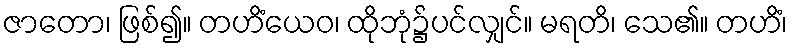
ဇာတော၊ ဖြစ်၍။ တဟိံယေဝ၊ ထိုဘုံ၌ပင်လျှင်။ မရတိ၊ သေ၏။ တဟိံ၊